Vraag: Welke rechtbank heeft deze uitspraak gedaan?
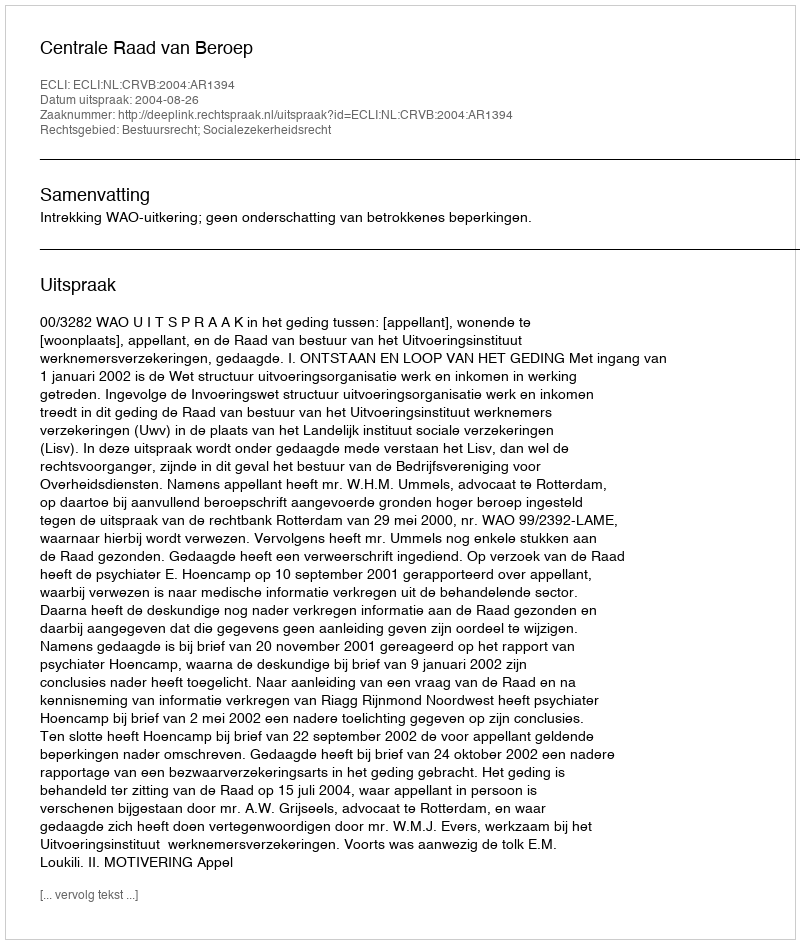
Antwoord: Centrale Raad van Beroep